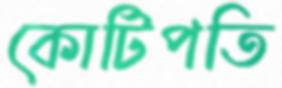
কোটিপতি